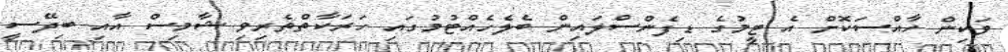
ވަކިން ހާއްސަކޮށް އެ ޓީމުގެ ޑިފެންސްލައިން ބެލެހެއްޓުމުގައި ހަރަކާތްތެރިވި ޝާމިސް އާއި ބިދޭސީ